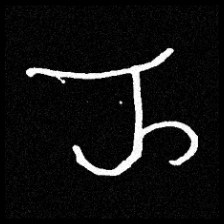
Pyu character \u2014 Myanmar letter: ည (romanized: nya)